Vaccination in Bombay 1856-1862 - 1856-1862
Year: 1856
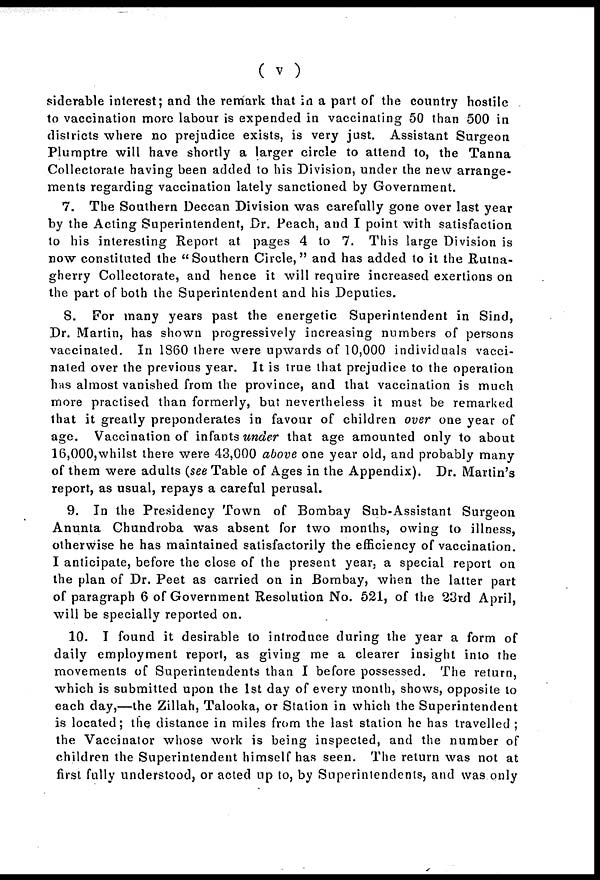
( v )
siderable interest; and the remark that in a part of the country hostile
to vaccination more labour is expended in vaccinating 50 than 500 in
districts where no prejudice exists, is very just. Assistant Surgeon
Plumptre will have shortly a larger circle to attend to, the Tanna
Collectorate having been added to his Division, under the new arrange-
ments regarding vaccination lately sanctioned by Government.
7. The Southern Deccan Division was carefully gone over last year
by the Acting Superintendent, Dr. Peach, and I point with satisfaction
to his interesting Report at pages 4 to 7. This large Division is
now constituted the "Southern Circle," and has added to it the Rutna-
gherry Collectorate, and hence it will require increased exertions on
the part of both the Superintendent and his Deputies.
S. For many years past the energetic Superintendent in Sind,
Dr. Martin, has shown progressively increasing numbers of persons
vaccinated. In 1860 there were upwards of 10,000 individuals vacci-
nated over the previous year. It is true that prejudice to the operation
has almost vanished from the province, and that vaccination is much
more practised than formerly, but nevertheless it must be remarked
that it greatly preponderates in favour of children over one year of
age. Vaccination of infants under that age amounted only to about
16,000,whilst there were 43,000 above one year old, and probably many
of them were adults (see Table of Ages in the Appendix). Dr. Martin's
report, as usual, repays a careful perusal.
9. In the Presidency Town of Bombay Sub-Assistant Surgeon
Anunta Chundroba was absent for two months, owing to illness,
otherwise he has maintained satisfactorily the efficiency of vaccination.
I anticipate, before the close of the present year, a special report on
the plan of Dr. Peet as carried on in Bombay, when the latter part
of paragraph 6 of Government Resolution No. 521, of the 23rd April,
will be specially reported on.
10. I found it desirable to introduce during the year a form of
daily employment report, as giving me a clearer insight into the
movements of Superintendents than I before possessed. The return,
which is submitted upon the 1st day of every month, shows, opposite to
each day,—the Zillah, Talooka, or Station in which the Superintendent
is located; the distance in miles from the last station he has travelled ;
the Vaccinator whose work is being inspected, and the number of
children the Superintendent himself has seen. The return was not at
first fully understood, or acted up to, by Superintendents, and was only